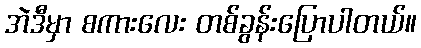
အဲဒီမှာ စကားလေး တစ်ခွန်းပြောပါတယ်။